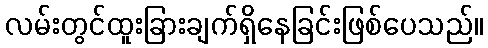
လမ်းတွင်ထူးခြားချက်ရှိနေခြင်းဖြစ်ပေသည်။